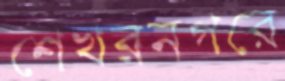
শেখরনগরে